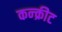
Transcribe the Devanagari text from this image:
कन्क्रीट